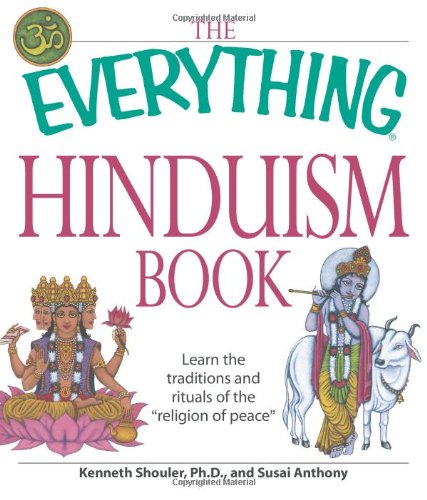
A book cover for The Everything Hinduism Book: Learn the traditions and rituals of the "religion of peace"; Kenneth Schouler; Religion & Spirituality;